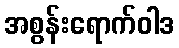
အစွန်းရောက်ဝါဒ